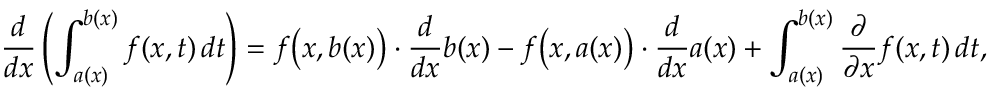
{ \frac { d } { d x } } \left( \int _ { a ( x ) } ^ { b ( x ) } f ( x , t ) \, d t \right) = f { \big ( } x , b ( x ) { \big ) } \cdot { \frac { d } { d x } } b ( x ) - f { \big ( } x , a ( x ) { \big ) } \cdot { \frac { d } { d x } } a ( x ) + \int _ { a ( x ) } ^ { b ( x ) } { \frac { \partial } { \partial x } } f ( x , t ) \, d t ,